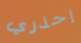
إحذري